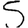
Digit: 5